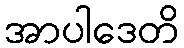
အာပါဒေတိ